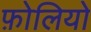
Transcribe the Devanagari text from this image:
फ़ोलियो